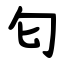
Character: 匂